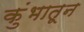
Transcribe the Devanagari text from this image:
कुंभातून